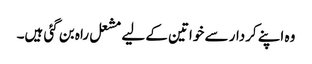
وہ اپنے کردار سے خواتین کے لیے مشعل راہ بن گئی ہیں۔